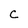
Character: c